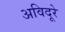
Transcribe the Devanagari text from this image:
अविदूरे